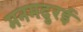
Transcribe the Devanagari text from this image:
मनमदुरई